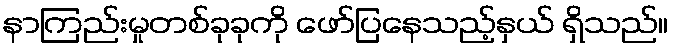
နာကြည်းမှုတစ်ခုခုကို ဖော်ပြနေသည့်နှယ် ရှိသည်။